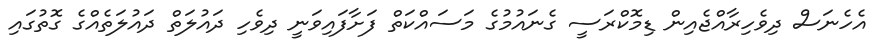
އެހެނަސް ދިވެހިރާއްޖެއިން ޑިމޮކްރަސީ ގެނައުމުގެ މަސައްކަތް ފަށާފައިވަނީ ދިވެހި ދައުލަތް ދައުލަތެއްގެ ގޮތުގައި